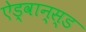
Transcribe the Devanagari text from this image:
ऐड्वान्स्ड